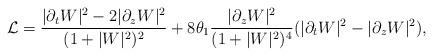
LaTeX: \begin{align*}{\cal L}=\frac{|\partial_t W|^{2}-2 |\partial_z W|^{2}}{(1+|W|^{2})^{2}} +8\theta_{1}\frac{|\partial_z W|^{2}}{(1+|W|^{2})^{4}} (|\partial_{t} W|^{2}-|\partial _{z} W|^{2}),\end{align*}